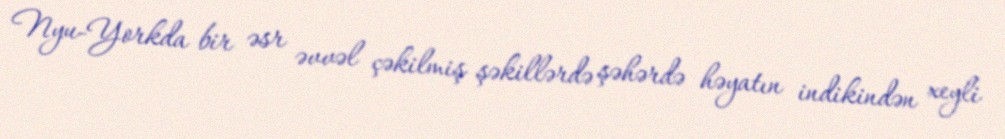
Nyu-Yorkda bir əsr əvvəl çəkilmiş şəkillərdə şəhərdə həyatın indikindən xeyli